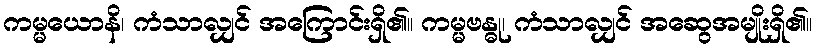
ကမ္မယောနိ၊ ကံသာလျှင် အကြောင်းရှိ၏။ ကမ္မဗန္ဓု၊ ကံသာလျှင် အဆွေအမျိုးရှိ၏။